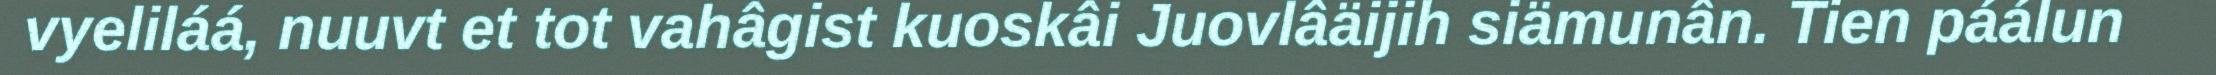
vyeliláá, nuuvt et tot vahâgist kuoskâi Juovlâäijih siämunân. Tien páálun